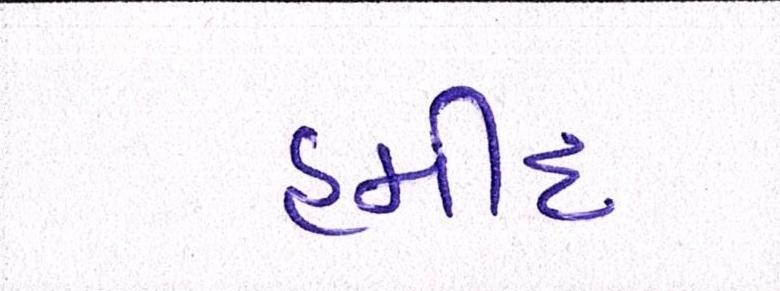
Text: હમીદ